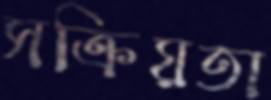
সক্রিয়তা